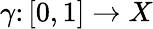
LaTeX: \gamma\colon[0,1]\to X